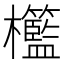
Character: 𣡓